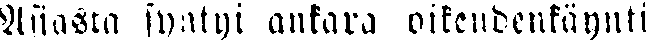
Asiasta syntyi ankara oikeudenkäynti